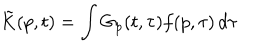
\tilde { K } ( p , t ) = \int G _ { p } ( t , \tau ) f ( p , \tau ) \, d \tau \: